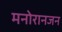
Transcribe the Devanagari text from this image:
मनोरानजन